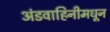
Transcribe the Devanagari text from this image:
अंडवाहिनीमधून